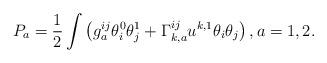
LaTeX: \begin{align*}P_a = \frac12 \int \left( g^{ij}_a \theta^0_i \theta^1_j + \Gamma_{k,a}^{ij} u^{k,1} \theta_i \theta_j \right), a=1,2 .\end{align*}